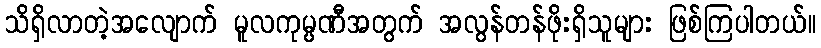
သိရှိလာတဲ့အလျောက် မူလကုမ္ပဏီအတွက် အလွန်တန်ဖိုးရှိသူများ ဖြစ်ကြပါတယ်။